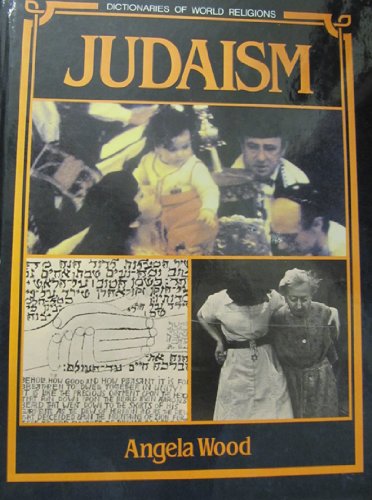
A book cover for Judaism (Dictionaries of World Religions); Angela Wood; Teen & Young Adult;